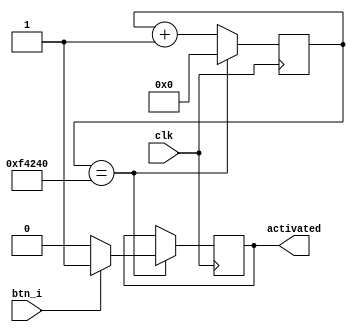
`timescale 1ns / 1ps
//////////////////////////////////////////////////////////////////////////////////
// Company: Filber Inc.
// 
// Design Name: Button debouncer with clock
// Module Name: debouncer
//////////////////////////////////////////////////////////////////////////////////

module debouncer
#(parameter WAIT_CLOCKS = 1_000_000)
    (
        input clk,
        input btn_i,
        output reg activated    
    );
    
initial activated = 0;

reg [$clog2(WAIT_CLOCKS+1)-1:0] cnt;
    
always @(posedge clk) begin
    if (cnt == WAIT_CLOCKS) begin
        if (btn_i) begin
            if (!activated) activated <= 1;
        end else activated <= 0;
        cnt <= 0;
        end else cnt <= cnt + 1;
    end
endmodule